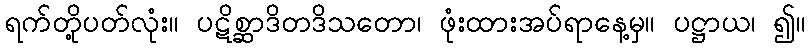
ရက်တို့ပတ်လုံး။ ပဋိစ္ဆာဒိတဒိသတော၊ ဖုံးထားအပ်ရာနေ့မှ။ ပဋ္ဌာယ၊ ၍။